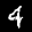
Label: 4